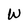
Character: W